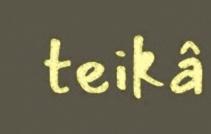
teikâ